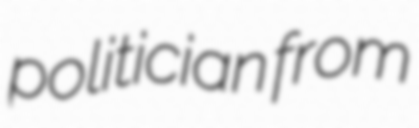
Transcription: politician from